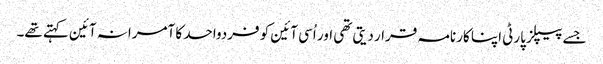
جسے پیپلز پارٹی اپنا کارنامہ قرار دیتی تھی اور اُسی آئین کو فردواحد کا آمرانہ آئین کہتے تھے۔